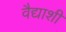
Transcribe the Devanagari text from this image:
वैद्याशी